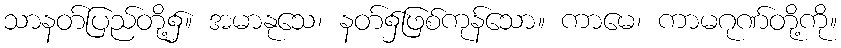
သာနတ်ပြည်တို့၌။ အမာနုသေ၊ နတ်၌ဖြစ်ကုန်သော။ ကာမေ၊ ကာမဂုဏ်တို့ကို။